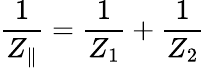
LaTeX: \frac{1}{Z_{\parallel}}=\frac{1}{Z_{1}}+\frac{1}{Z_{2}}